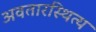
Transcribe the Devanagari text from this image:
अवतारस्थित्य